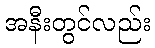
အနီးတွင်လည်း